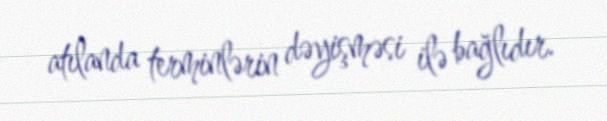
atılanda terminlərin dəyişməsi ilə bağlıdır.